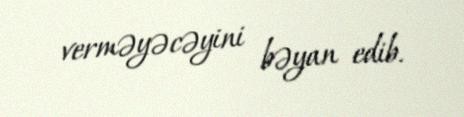
verməyəcəyini bəyan edib.